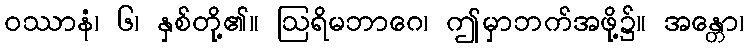
ဝဿာနံ၊ ၆၊ နှစ်တို့၏။ ဩရိမဘာဂေ၊ ဤမှာဘက်အဖို့၌။ အန္တော၊